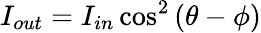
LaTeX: I_{out}=I_{in}\cos^{2}{(\theta-\phi)}